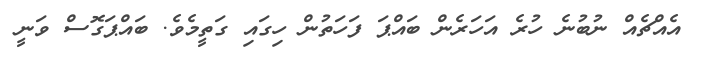
އެއްޗެއް ނުބުނެ ހުރެ އަހަރެން ބައްޕަ ފަހަތުން ހިގައި ގަތީމެވެ. ބައްޕަގޮސް ވަނީ